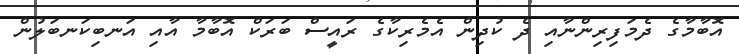
އޮބާމާގެ ދެމަފިރިންނާއި ދެ ކުދިން އެމެރިކާގެ ރައީސް ބަރަކް އޮބާމާ އާއި އަނބިކަނބަލުން